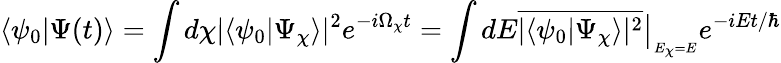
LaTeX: \langle\psi_{0}|\Psi(t)\rangle=\int d\chi|\langle\psi_{0}|\Psi_{\chi}\rangle|^{2}e^{-i\Omega_{\chi}t}=\int dE\overline{{|\langle\psi_{0}|\Psi_{\chi}\rangle|^{2}}}\big|_{_{E_{\chi}=E}}e^{-iEt/\hbar}